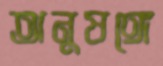
অনুষঙ্গে